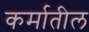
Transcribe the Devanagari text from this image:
कर्मातील